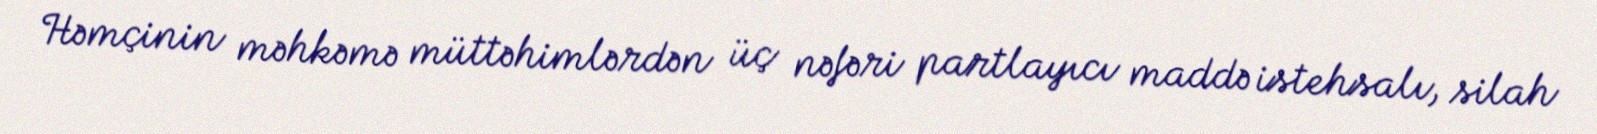
Həmçinin məhkəmə müttəhimlərdən üç nəfəri partlayıcı maddə istehsalı, silah